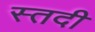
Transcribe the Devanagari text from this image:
स्तदी